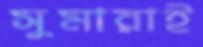
সুমারাই